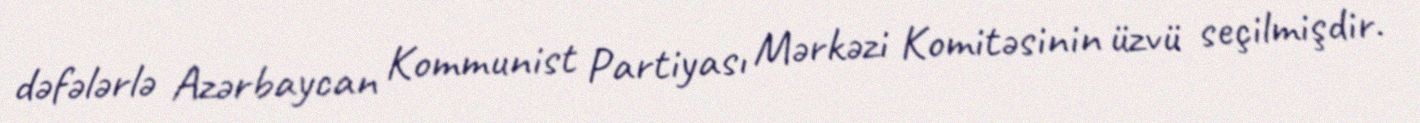
dəfələrlə Azərbaycan Kommunist Partiyası Mərkəzi Komitəsinin üzvü seçilmişdir.